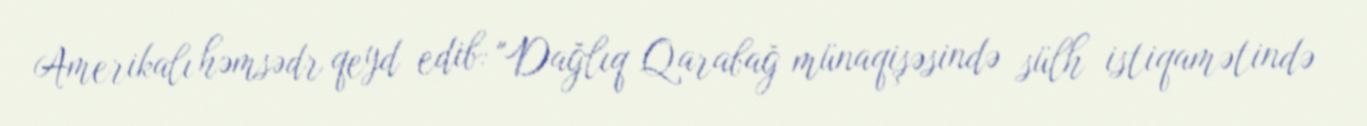
Amerikalı həmsədr qeyd edib: "Dağlıq Qarabağ münaqişəsində sülh istiqamətində